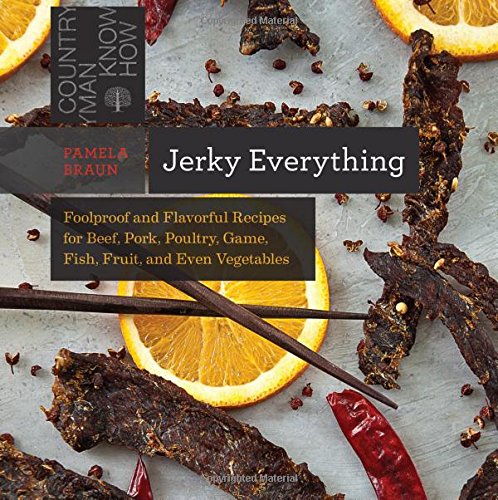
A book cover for Jerky Everything: Foolproof and Flavorful Recipes for Beef, Pork, Poultry, Game, Fish, Fruit, and Even Vegetables (Countryman Know How); Pamela Braun; Cookbooks, Food & Wine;